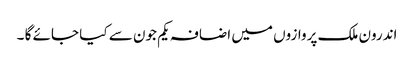
اندرون ملک پروازوں میں اضافہ یکم جون سے کیا جائے گا ۔